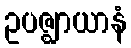
ဥပဇ္ဈာယာနံ